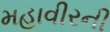
મહાવીરની